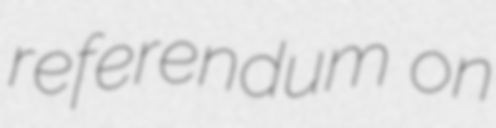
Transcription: referendum on